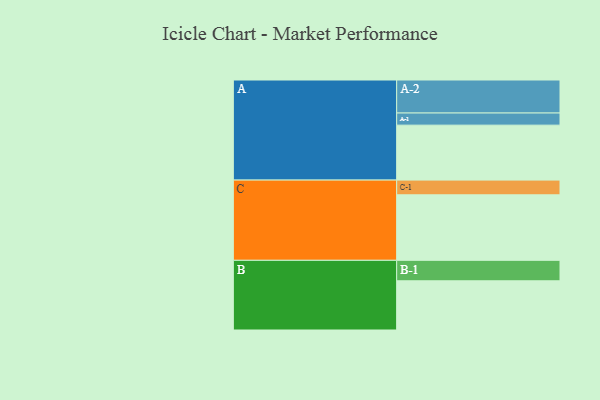
{"axis": {"x": "Segment", "y": "Value"}, "legend": ["", "A", "B", "C"], "data": [{"x": "A", "y": 421, "type": ""}, {"x": "B", "y": 377, "type": ""}, {"x": "C", "y": 502, "type": ""}, {"x": "A-1", "y": 93, "type": "A"}, {"x": "A-2", "y": 253, "type": "A"}, {"x": "B-1", "y": 157, "type": "B"}, {"x": "C-1", "y": 113, "type": "C"}]}